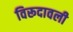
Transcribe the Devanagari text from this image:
विरूदावली